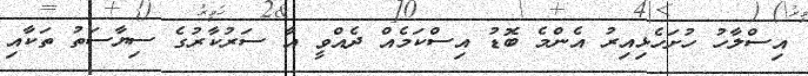
އިސްލާހު ހުށަހެޅިއިރު އެންމެ ބޮޑު އިސްކަމެއް ދެއްވީ އާ ސަރުކާރުގެ ސިޔާސަތު ތަކާއި